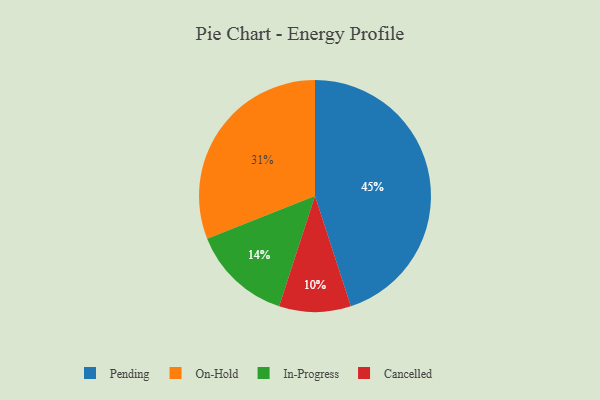
{"axis": {"x": "Category", "y": "Percentage"}, "legend": ["Cancelled", "In-Progress", "On-Hold", "Pending"], "data": [{"x": "Cancelled", "y": 10, "type": "Cancelled"}, {"x": "On-Hold", "y": 31, "type": "On-Hold"}, {"x": "In-Progress", "y": 14, "type": "In-Progress"}, {"x": "Pending", "y": 45, "type": "Pending"}]}